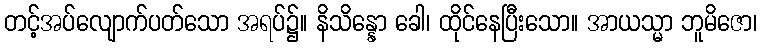
တင့်အပ်လျောက်ပတ်သော အရပ်၌။ နိသိန္နော ခေါ၊ ထိုင်နေပြီးသော။ အာယသ္မာ ဘူမိဇော၊